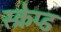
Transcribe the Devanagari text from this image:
स्क्रेप्ड